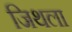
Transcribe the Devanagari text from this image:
जिथला